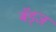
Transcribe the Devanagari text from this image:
बॅड्ज